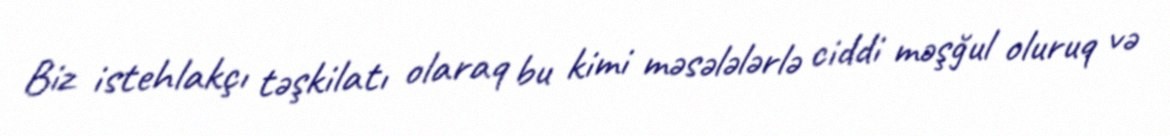
Biz istehlakçı təşkilatı olaraq bu kimi məsələlərlə ciddi məşğul oluruq və